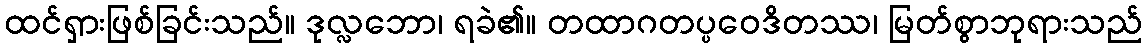
ထင်ရှားဖြစ်ခြင်းသည်။ ဒုလ္လဘော၊ ရခဲ၏။ တထာဂတပ္ပဝေဒိတဿ၊ မြတ်စွာဘုရားသည်